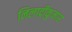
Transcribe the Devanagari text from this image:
निलाद्रीकुमार